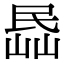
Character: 𡸧